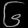
Digit: ၆